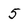
Character: 5